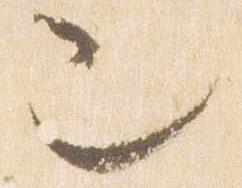
也